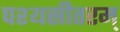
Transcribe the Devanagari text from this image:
पश्यसीतरम्